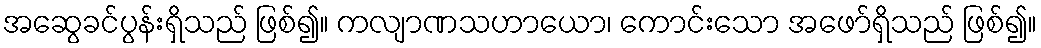
အဆွေခင်ပွန်းရှိသည် ဖြစ်၍။ ကလျာဏသဟာယော၊ ကောင်းသော အဖော်ရှိသည် ဖြစ်၍။